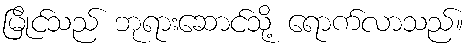
မြိုင်သည် ဘုရားဆောင်သို့ ရောက်လာသည်။